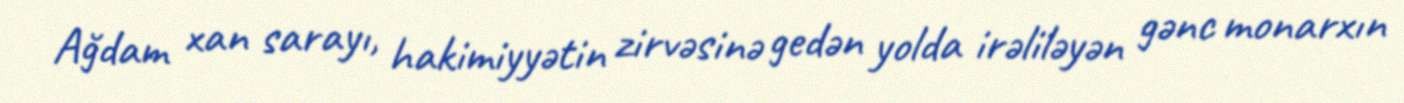
Ağdam xan sarayı, hakimiyyətin zirvəsinə gedən yolda irəliləyən gənc monarxın